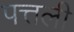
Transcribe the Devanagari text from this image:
पत्तली